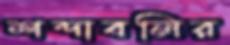
শব্দাবলির